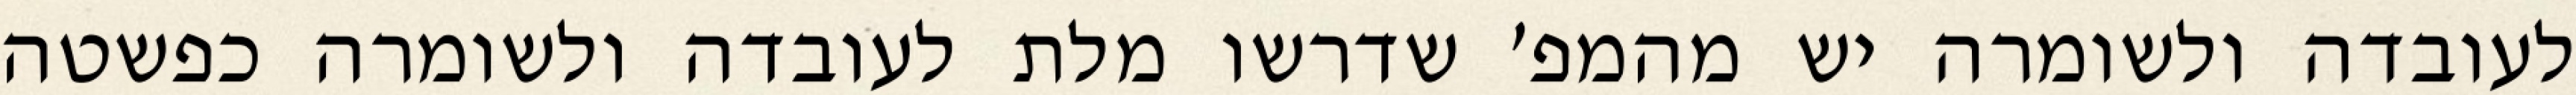
לעובדה ולשומרה יש מהמפ׳ שדרשו מלת לעובדה ולשומרה כפשטה